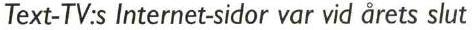
Text-TV:s Internet-sidor var vid årets slut